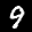
Label: 9